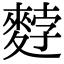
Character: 𪌰